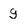
Character: g